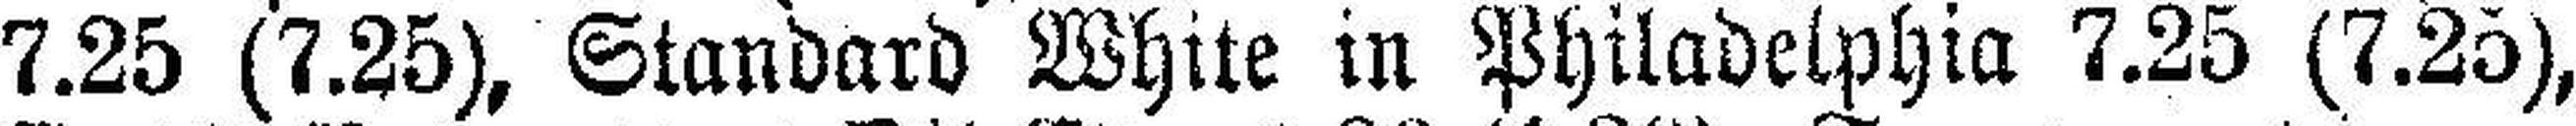
7.25 (7.25), Standard White in Philadelphia 7.25 (7.25),